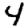
Digit: 4